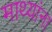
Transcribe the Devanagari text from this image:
माथ्यांना